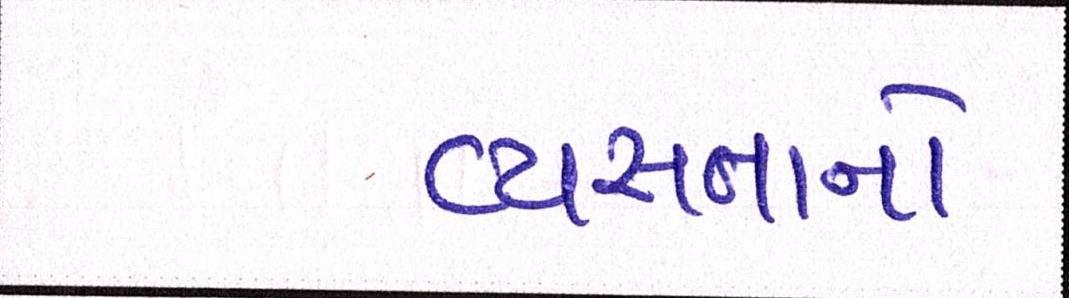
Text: વ્યસ્તતાનો